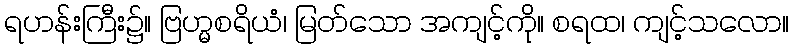
ရဟန်းကြီး၌။ ဗြဟ္မစရိယံ၊ မြတ်သော အကျင့်ကို။ စရထ၊ ကျင့်သလော။